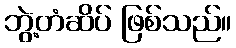
ဘွဲ့တံဆိပ် ဖြစ်သည်။